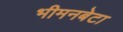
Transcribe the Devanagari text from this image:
भीमनबेटा